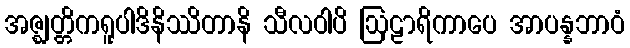
အဇ္ဈတ္တိကရူပါဒိနိဿိတာနိ သီလဝါပိ ဩဠာရိကာပေ အာပန္နဘာဝံ